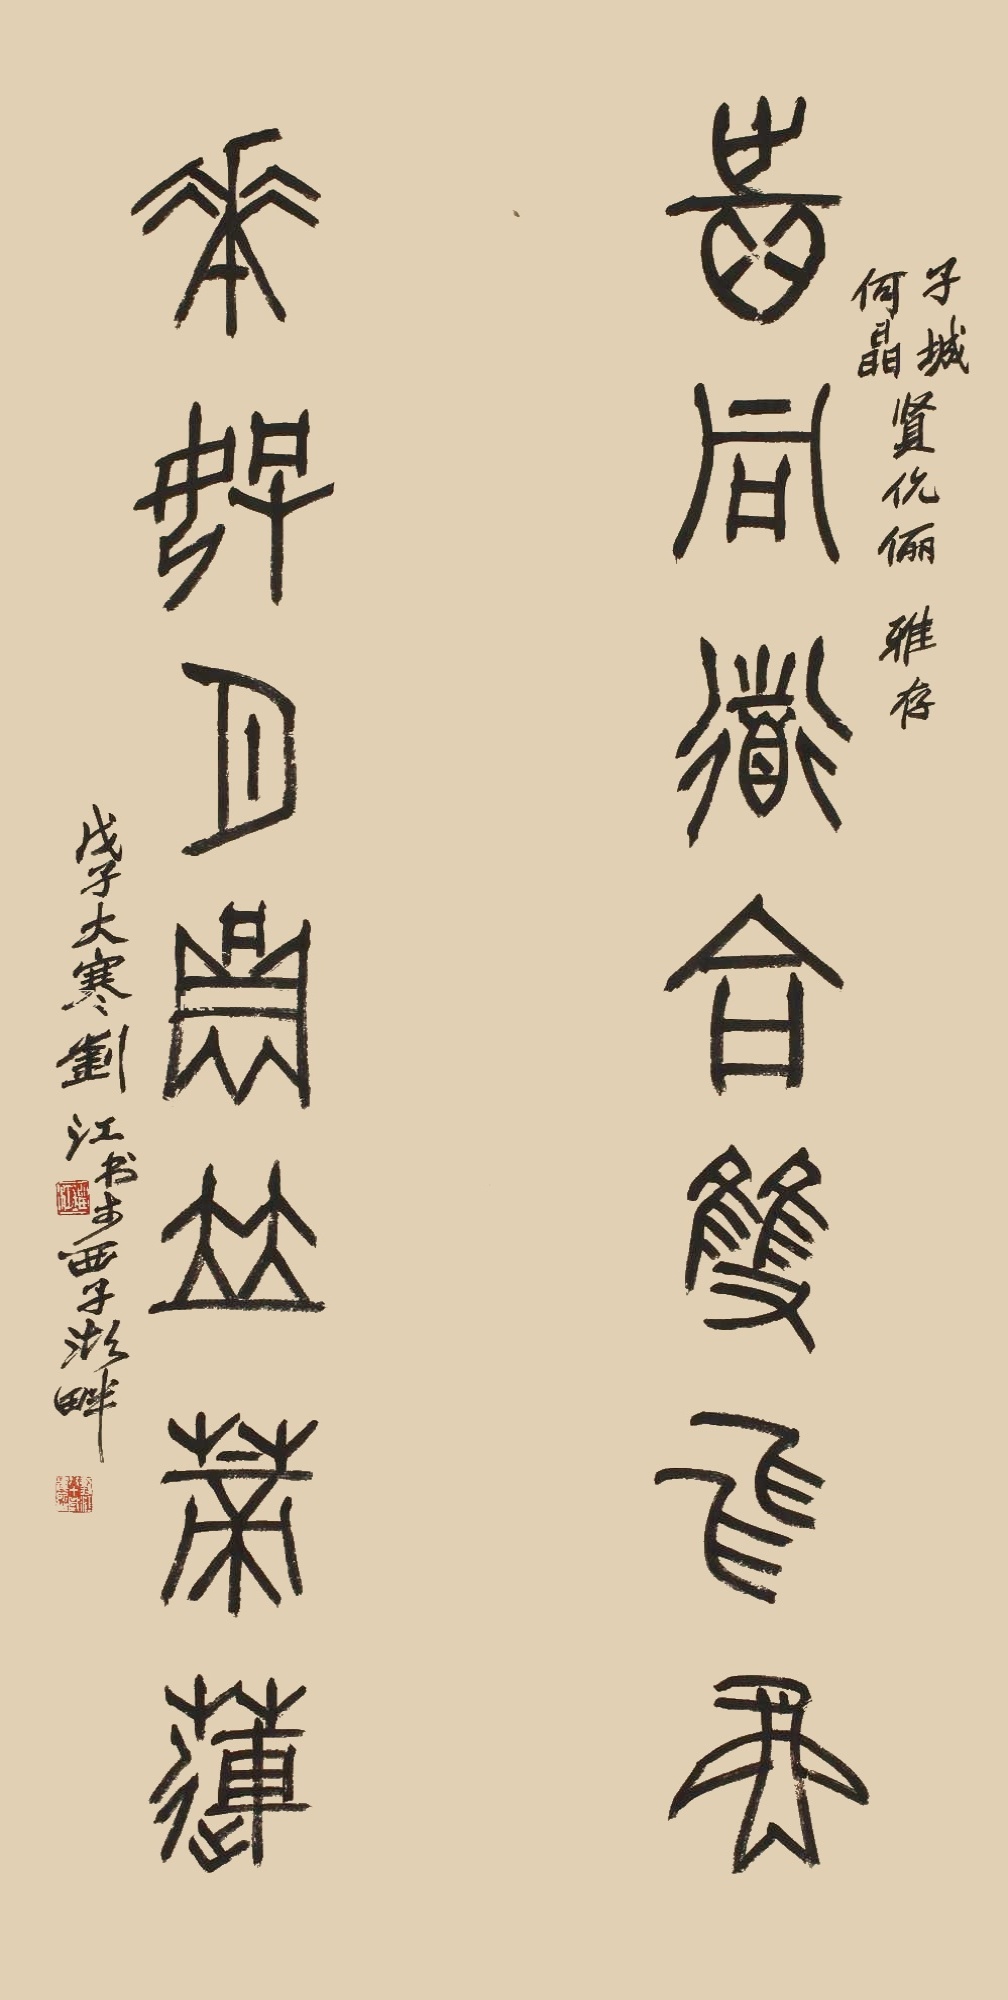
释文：志同道合双飞燕；花好月圆并蒂莲。子城、何晶贤伉俪雅存。戊子大寒，刘江书于西子湖畔。